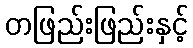
တဖြည်းဖြည်းနှင့်